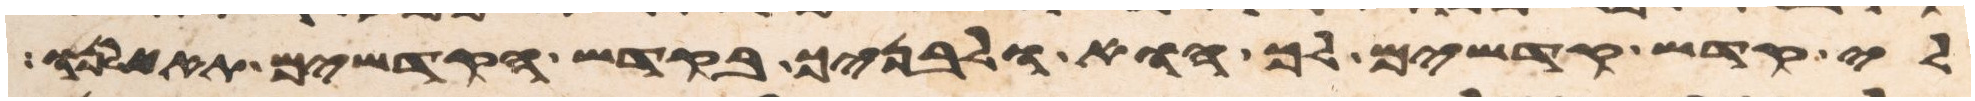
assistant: לי קדש קדשים לך הוא ולבניך בקדש הקדשים